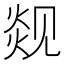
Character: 𬊦